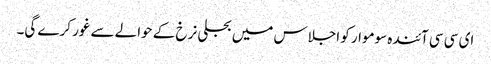
ای سی سی آئندہ سوموار کو اجلاس میں بجلی نرخ کے حوالے سے غور کرے گی۔